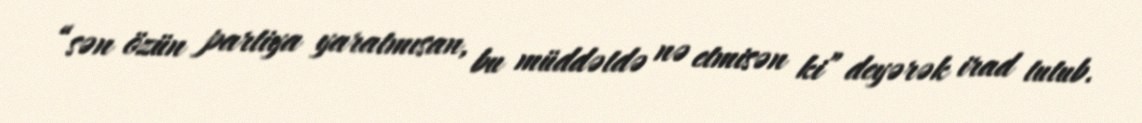
“sən özün partiya yaratmısan, bu müddətdə nə etmisən ki” deyərək irad tutub.